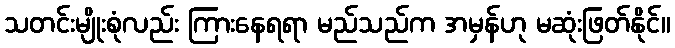
သတင်းမျိုးစုံလည်း ကြားနေရရာ မည်သည်က အမှန်ဟု မဆုံးဖြတ်နိုင်။